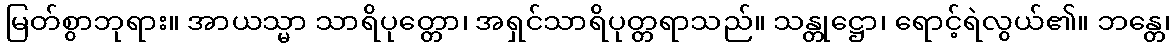
မြတ်စွာဘုရား။ အာယသ္မာ သာရိပုတ္တော၊ အရှင်သာရိပုတ္တရာသည်။ သန္တုဋ္ဌော၊ ရောင့်ရဲလွယ်၏။ ဘန္တေ၊